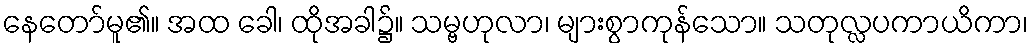
နေတော်မူ၏။ အထ ခေါ၊ ထိုအခါ၌။ သမ္ဗဟုလာ၊ များစွာကုန်သော။ သတုလ္လပကာယိကာ၊